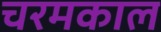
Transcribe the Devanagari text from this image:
चरमकाल